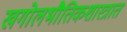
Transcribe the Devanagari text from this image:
खगोलभौतिकशास्त्रात